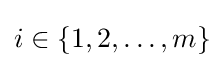
i\in \{1,2,\dots ,m\}